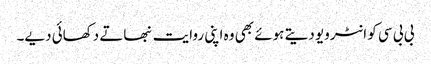
بی بی سی کو انٹرویو دیتے ہوئے بھی وہ اپنی روایت نبھاتے دکھائی دیے۔